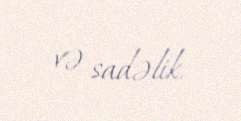
və sadəlik.